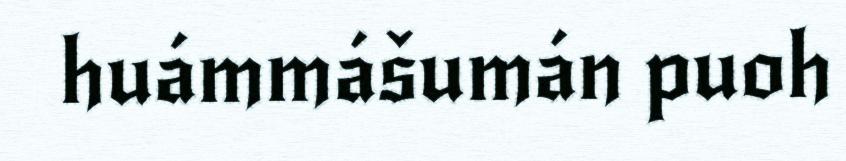
huámmášumán puoh